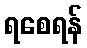
ရစေရန်